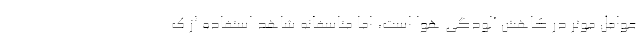
عوامل موثر در کاهش آلودگی هوا است، اما متاسفانه شاهد استفاده از ک